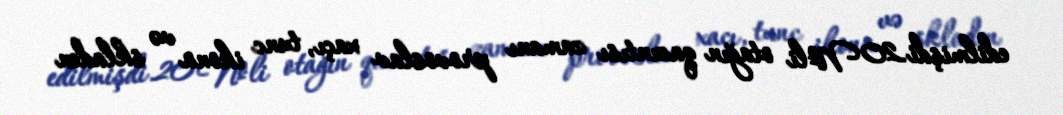
edilmişdi.20 №li otağın qazıntısı zamanı provoslav xaçı, tunc ikona və skladen